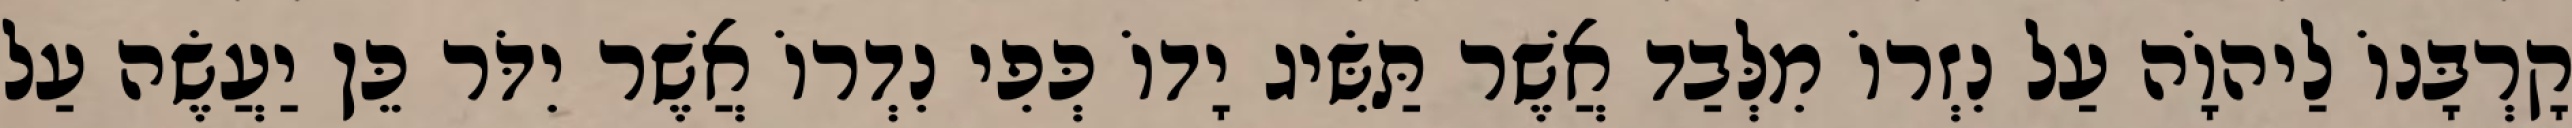
קָרְבָּנוֹ לַיהוָֹה עַל נִזְרוֹ מִלְּבַד אֲשֶׁר תַּשִּׂיג יָדוֹ כְּפִי נִדְרוֹ אֲשֶׁר יִדֹּר כֵּן יַעֲשֶׂה עַל